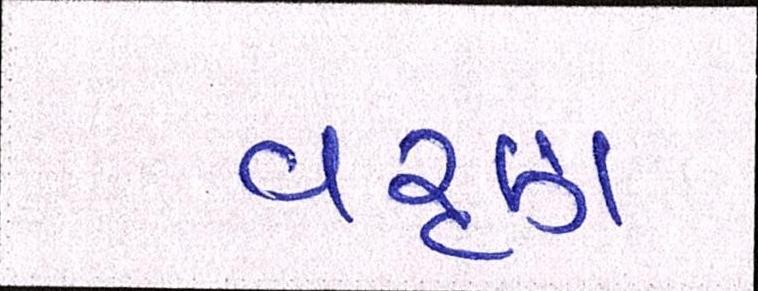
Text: વરૃણ